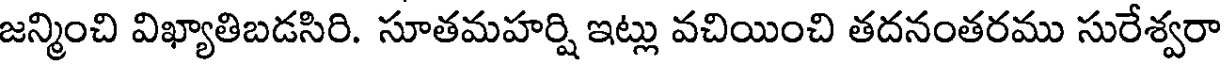
జన్మించి విఖ్యాతిబడసిరి. సూతమహర్షి ఇట్లు వచియించి తదనంతరము సురేశ్వరా